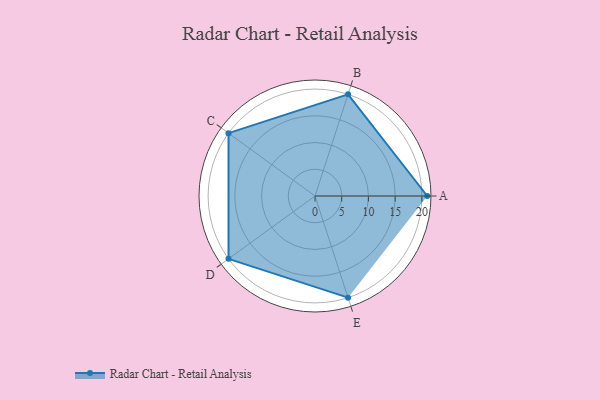
{"axis": {"x": "Skill", "y": "Score"}, "legend": ["Profile"], "data": [{"x": "A", "y": 21.0, "type": "Profile"}, {"x": "B", "y": 20, "type": "Profile"}, {"x": "C", "y": 20, "type": "Profile"}, {"x": "D", "y": 20, "type": "Profile"}, {"x": "E", "y": 20, "type": "Profile"}]}